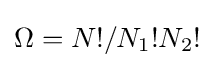
\Omega =N!/N_{1}!N_{2}!